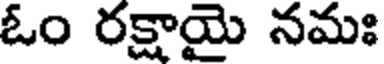
ఓం రక్షాయై నమః